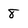
Character: 8